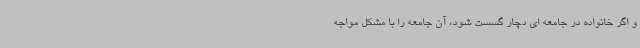
و اگر خانواده در جامعه ای دچار گسست شود، آن جامعه را با مشکل مواجه